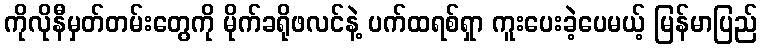
ကိုလိုနီမှတ်တမ်းတွေကို မိုက်ခရိုဖလင်နဲ့ ပက်ထရစ်ရှာ ကူးပေးခဲ့ပေမယ့် မြန်မာပြည်